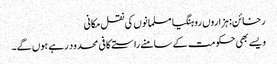
رخائن: ہزاروں روہنگیا مسلمانوں کی نقل مکانی
ویسے بھی حکومت کے سامنے راستے کافی محدود رہے ہوں گے۔